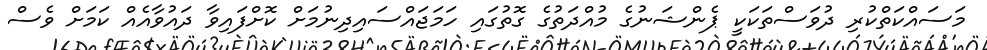
މަސައްކަތްކުރި ދުވަސްތަކަކީ ޕެންޝަނުގެ މުއްދަތުގެ ގޮތުގައި ހަމަޖައްސައިދިނުމަށް ކޮށްފައިވާ ދައުވާއެއް ކަމަށް ވެސް